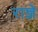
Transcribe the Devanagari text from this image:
राज्ञे